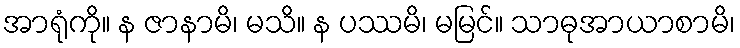
အာရုံကို။ န ဇာနာမိ၊ မသိ။ န ပဿမိ၊ မမြင်။ သာဓုအာယာစာမိ၊